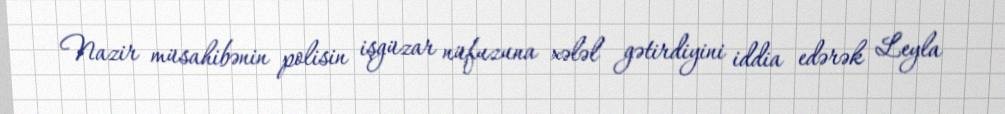
Nazir müsahibənin polisin işgüzar nüfuzuna xələl gətirdiyini iddia edərək Leyla